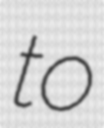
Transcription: to